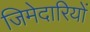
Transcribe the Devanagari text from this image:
जिमेदारियों